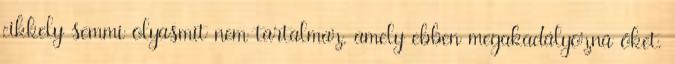
cikkely semmi olyasmit nem tartalmaz, amely ebben megakadályozná őket.